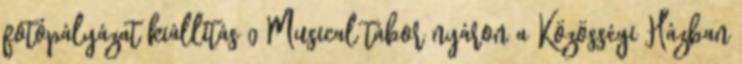
fotópályázat kiállítás 0 Musical tábor nyáron a Közösségi Házban